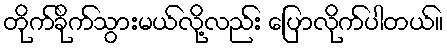
တိုက်ခိုက်သွားမယ်လို့လည်း ပြောလိုက်ပါတယ်။